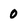
Character: 0